Causation and prevention of malarial fevers: a statement of the results of researches drawn up for the use of assistant surgeons, hospital assistants and students
Disease focus: Malaria
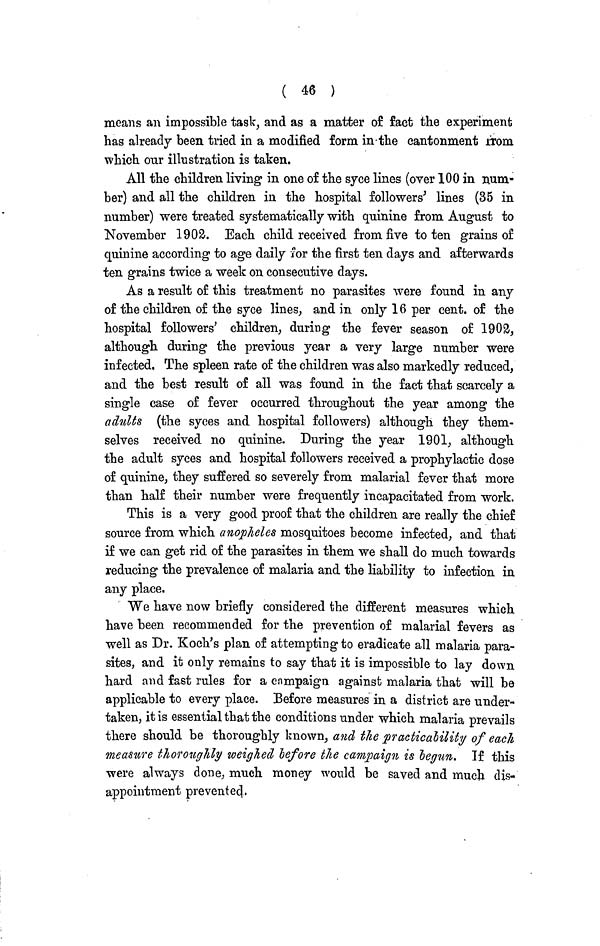
( 46 )
means an impossible task, and as a matter of fact the experiment
has already been tried in a modified form in the cantonment from
which our illustration is taken.
All the children living in one of the syce lines (over 100 in num-
ber) and all the children in the hospital followers' lines (35 in
number) were treated systematically with quinine from August to
November 1902. Each child received from five to ten grains of
quinine according to age daily for the first ten days and afterwards
ten grains twice a week on consecutive days.
As a result of this treatment no parasites were found in any
of the children of the syce lines, and in only 16 per cent. of the
hospital followers' children, during the fever season of 1902,
although during the previous year a very large number were
infected. The spleen rate of the children was also markedly reduced,
and the best result of all was found in the fact that scarcely a
single case of fever occurred throughout the year among the
adults (the syces and hospital followers) although they them-
selves received no quinine. During the year 1901, although
the adult syces and hospital followers received a prophylactic dose
of quinine, they suffered so severely from malarial fever that more
than half their number were frequently incapacitated from work.
This is a very good proof that the children are really the chief
source from which anopheles mosquitoes become infected, and that
if we can get rid of the parasites in them we shall do much towards
reducing the prevalence of malaria and the liability to infection in
any place.
We have now briefly considered the different measures which
have been recommended for the prevention of malarial fevers as
well as Dr. Koch's plan of attempting to eradicate all malaria para-
sites, and it only remains to say that it is impossible to lay down
hard and fast rules for a campaign against malaria that will be
applicable to every place. Before measures in a district are under-
taken, it is essential that the conditions under which malaria prevails
there should be thoroughly known, and the practicability of each
measure thoroughly weighed before the campaign is begun. If this
were always done, much money would be saved and much dis-
appointment prevented.